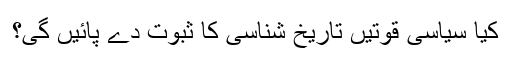
کیا سیاسی قوتیں تاریخ شناسی کا ثبوت دے پائیں گی؟